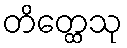
တိတ္ထေသု